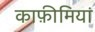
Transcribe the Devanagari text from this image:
काफ़ीमियां